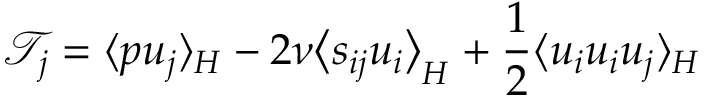
\mathcal { T } _ { j } = \langle p u _ { j } \rangle _ { H } - 2 \nu \bigl \langle s _ { i j } u _ { i } \bigr \rangle _ { H } + \frac { 1 } { 2 } \langle u _ { i } u _ { i } u _ { j } \rangle _ { H }